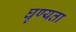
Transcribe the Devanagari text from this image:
घृण्यता